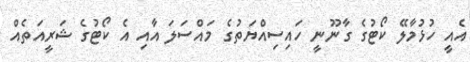
އެއީ ހުޅުމާލޭ ކޯޓުގެ ގާނޫނީ ހައިސިއްޔަތުގެ މައްސަލަ އާއި އެ ކޯޓުގެ ޝަރީއަތެއް